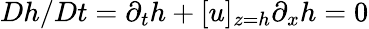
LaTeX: Dh/Dt=\partial_{t}h+[u]_{z=h}\partial_{x}h=0